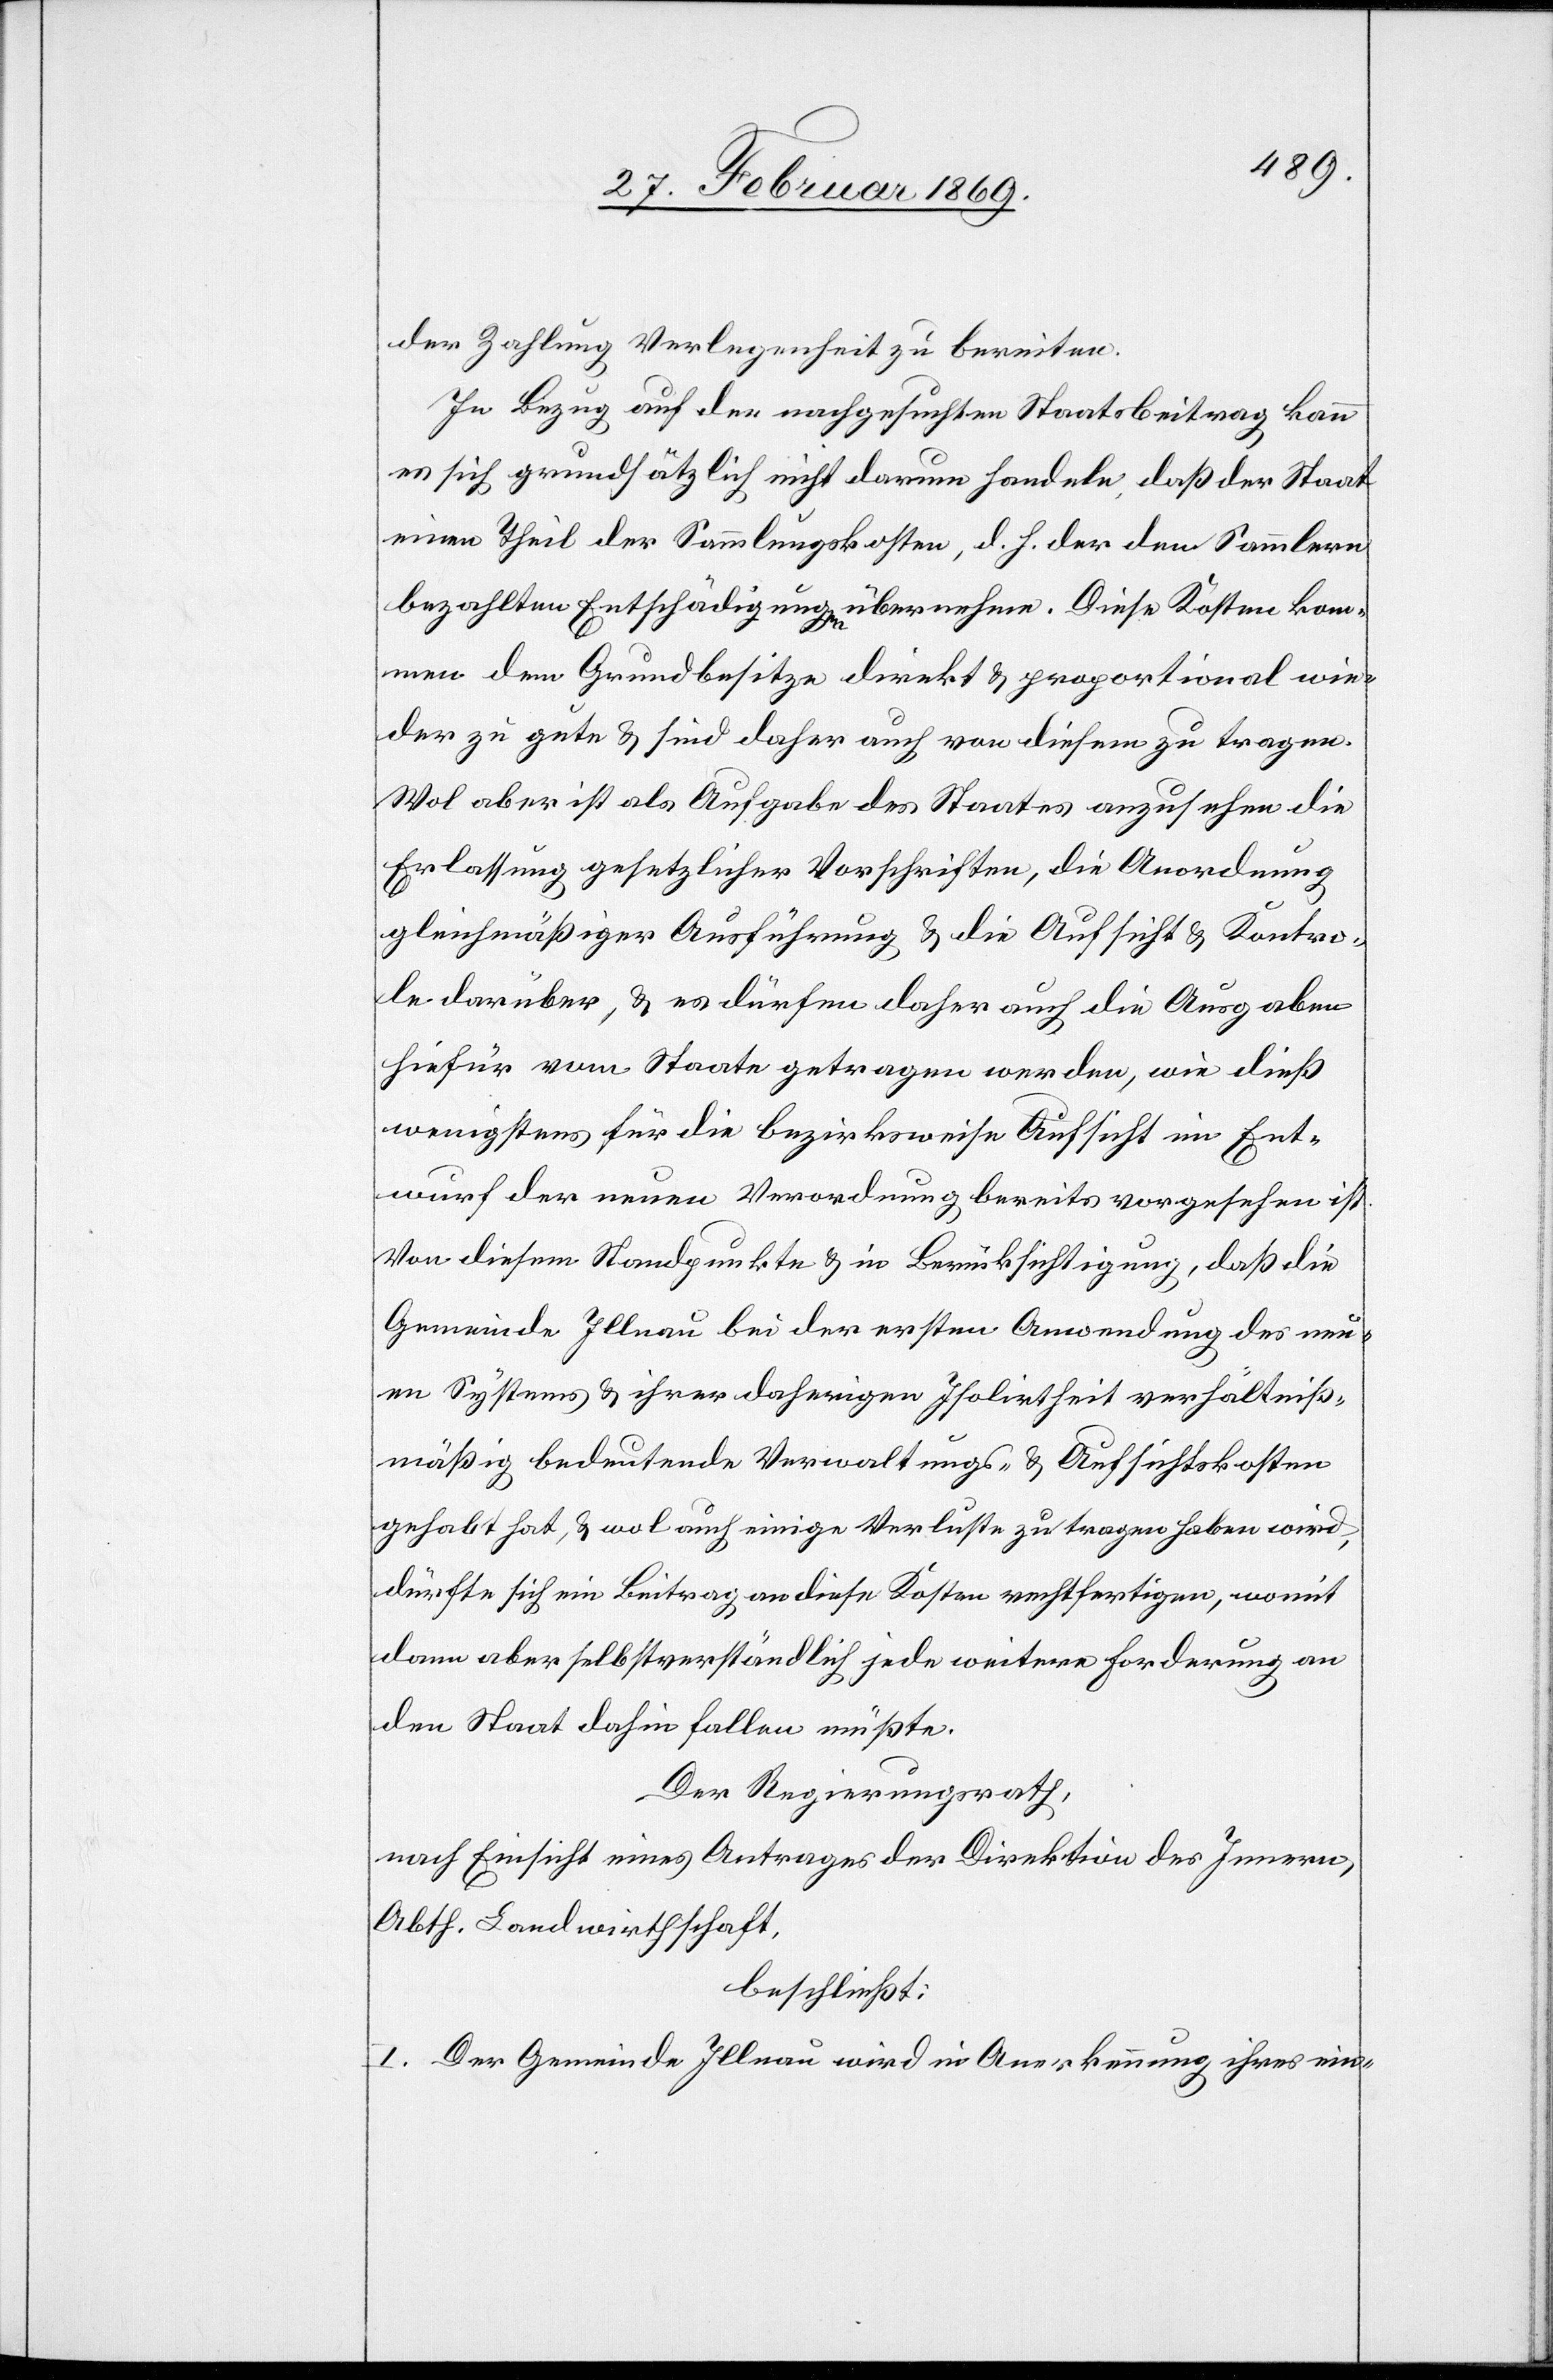
der Zahlung Verlegenheit zu bereiten.
In Bezug auf den nachgesuchten Staatsbeitrag kann
es sich grundsätzlich nicht darum handeln, daß der Staat
einen Theil der Sammlungskosten, d. h. der den Sammlern
bezahlten Entschädigungen übernehme. Diese Kosten kom¬
men dem Grundbesitze direkt & proportional wie¬
der zu gute & sind daher auch von diesem zu tragen.
Wol aber ist als Aufgabe des Staates anzusehen die
Erlassung gesetzlicher Vorschriften, die Anordnung
gleichmäßiger Ausführung & die Aufsicht & Kontro¬
le darüber, & es dürfen daher auch die Ausgaben
hiefür vom Staate getragen werden, wie dieß
wenigstens für die bezirksweise Aufsicht im Ent¬
wurf der neuen Verordnung bereits vorgesehen ist.
Von diesem Standpunkte & in Berücksichtigung, daß die
Gemeinde Illnau bei der ersten Anwendung des neu¬
en Systems & ihrer daherigen Isolirtheit verhältniß¬
mäßig bedeutende Verwaltungs- & Aufsichtskosten
gehabt hat, & wol auch einige Verluste zu tragen haben wird,
dürfte sich ein Beitrag an diese Kosten rechtfertigen, womit
dann aber selbstverständlich jede weitere Forderung an
den Staat dahin fallen möchte.
Der Regierungsrath,
nach Einsicht eines Antrages der Direktion des Innern,
Abth. Landwirthschaft,
beschließt:
I. Der Gemeinde Illnau wird in Anerkennung ihres ein-